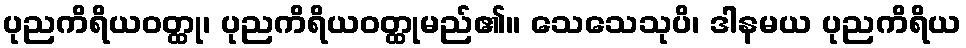
ပုညကိရိယဝတ္ထု၊ ပုညကိရိယဝတ္ထုမည်၏။ သေသေသုပိ၊ ဒါနမယ ပုညကိရိယ